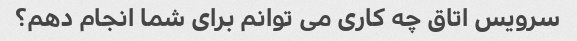
سرویس اتاق چه کاری می توانم برای شما انجام دهم؟